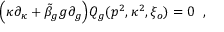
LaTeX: \Bigl ( \kappa \partial _ { \kappa } + \tilde { \beta } _ { g } g \partial _ { g } \Bigr ) Q _ { g } ( p ^ { 2 } , \kappa ^ { 2 } , \xi _ { o } ) = 0 \; \; ,